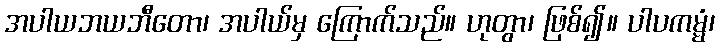
အပါယဘယဘီတော၊ အပါယ်မှ ကြောက်သည်။ ဟုတွာ၊ ဖြစ်၍။ ပါပကမ္မံ၊